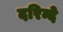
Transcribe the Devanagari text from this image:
दरिन्दे